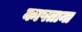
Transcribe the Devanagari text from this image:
कापताना